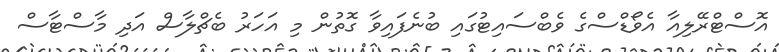
އޮސްޓްރޭލިއާ އެވޯޑްސްގެ ވެބްސައިޓުގައި ބުނެފައިވާ ގޮތުން މި އަހަރު ބެޗްލާސް އަދި މާސްޓާސް